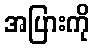
အပြားကို